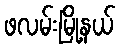
ဖလမ်းမြို့နယ်